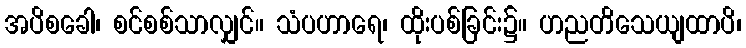
အပိစခေါ၊ စင်စစ်သာလျှင်။ သံပဟာရေ၊ ထိုးပစ်ခြင်း၌။ ဟညတိသေယျထာပိ၊